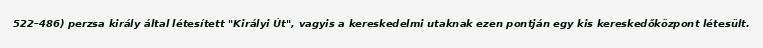
522–486) perzsa király által létesített "Királyi Út", vagyis a kereskedelmi utaknak ezen pontján egy kis kereskedőközpont létesült.